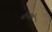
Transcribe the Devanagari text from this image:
बी२व्ही